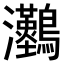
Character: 𤅼